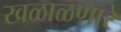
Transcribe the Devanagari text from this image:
खळाळणारे